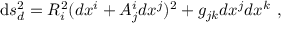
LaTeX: \mathrm { d } s _ { d } ^ { 2 } = R _ { i } ^ { 2 } ( d x ^ { i } + A _ { j } ^ { i } d x ^ { j } ) ^ { 2 } + g _ { j k } d x ^ { j } d x ^ { k } \ ,